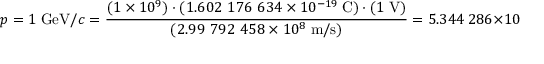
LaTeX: p = 1 \; { \mathrm { G e V } } / c = { \frac { ( 1 \times 1 0 ^ { 9 } ) \cdot ( 1 . 6 0 2 \ 1 7 6 \ 6 3 4 \times 1 0 ^ { - 1 9 } \; { \mathrm { C } } ) \cdot ( 1 \; { \mathrm { V } } ) } { ( 2 . 9 9 \ 7 9 2 \ 4 5 8 \times 1 0 ^ { 8 } \; { \mathrm { m } } / { \mathrm { s } } ) } } = 5 . 3 4 4 \ 2 8 6 \times 1 0 ^ { - 1 9 } \; { \mathrm { k g } } \cdot { \mathrm { m } } / { \mathrm { s } } .